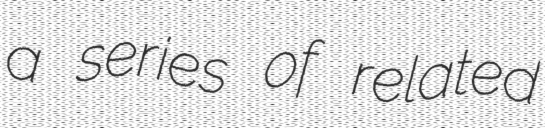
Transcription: a series of related